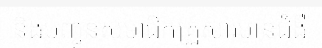
និងបញ្ជូនសមាជិកគ្រួសារមានជំងឺ